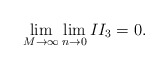
\begin{align*}\lim_{M\rightarrow\infty}\lim_{n\rightarrow 0} II_3 = 0 .\end{align*}